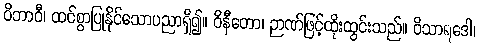
ဝိဘာဝီ၊ ထင်စွာပြုနိုင်သောပညာရှိ၍။ ဝိနီတော၊ ဉာဏ်ဖြင့်ထိုးထွင်းသည်။ ဝိသာရဒေါ၊